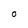
Character: O